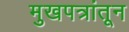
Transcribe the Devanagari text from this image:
मुखपत्रांतून